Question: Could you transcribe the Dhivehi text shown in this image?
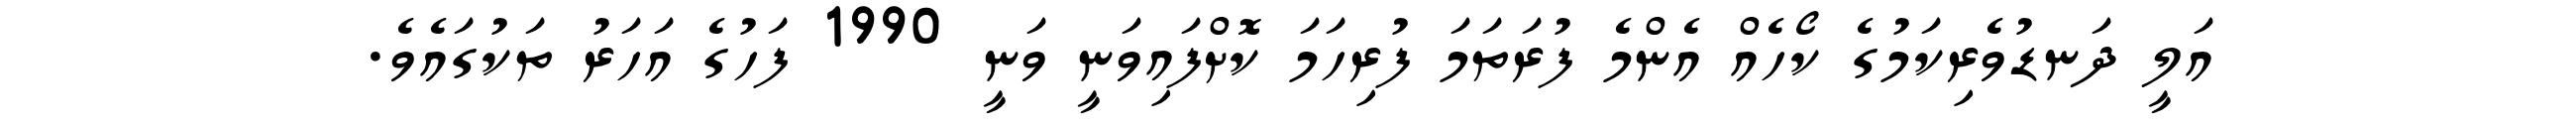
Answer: އަލީ ދަނޑުވެރިކަމުގެ ކޯހެއް އެންމެ ފުރަތަމަ ފުރިހަމަ ކޮށްފައިވަނީ ވަނީ 1990 ފަހުގެ އަހަރު ތަކުގައެވެ.